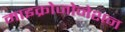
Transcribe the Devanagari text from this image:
माइक्रोजोनेशन